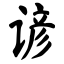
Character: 谚